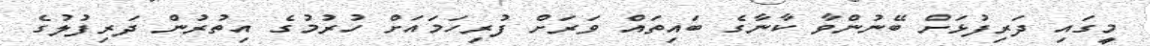
މީގައި ދަރިފުޅަށް ބޭނުންވާ ކާނާގެ ބައިތައް ވަރަށް ފުރިހަމައަށް ހުރުމުގެ އިތުރުން ދަރިފުލުގެ